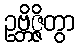
ဥဗ္ဘိဇ္ဇိတွာ